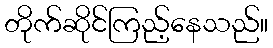
တိုက်ဆိုင်ကြည့်နေသည်။